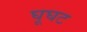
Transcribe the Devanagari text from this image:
घूघट